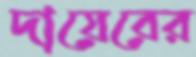
দায়েরের